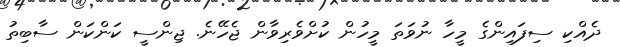
ދެއްކި ސިފައިންގެ މީހާ ނުވަތަ މީހުން ކުށްވެރިވާން ޖެހޭނެ. ޖިންސީ ކަންކަން ސާބިތު